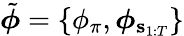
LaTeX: \tilde{\boldsymbol{\phi}}=\{ \phi_{\pi},\boldsymbol{\phi}_{\mathbf{s}_{1:T}}\}